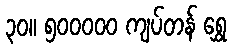
၃၀။ ၅၀၀၀၀၀ ကျပ်တန် ရွှေ